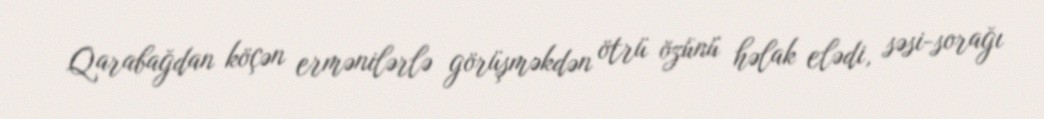
Qarabağdan köçən ermənilərlə görüşməkdən ötrü özünü həlak elədi, səsi-sorağı